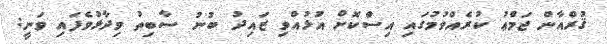
ޤުރްއާން ޖަމްޢު ކުރެއްވުމުގައި އިސްކޮށް އުޅުއްވި ޒައިދު ބުނު ސާބިތު ވިދާޅުވެފައި ވަނީ: